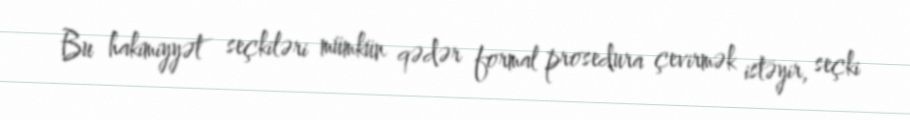
Bu hakimiyyət seçkiləri mümkün qədər formal prosedura çevirmək istəyir, seçki